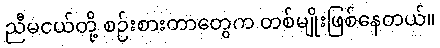
ညီမငယ်တို့ စဉ်းစားတာတွေက တစ်မျိုးဖြစ်နေတယ်။